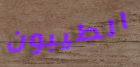
الطيبون